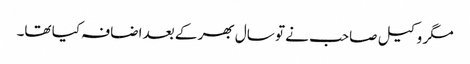
مگر وکیل صاحب نے تو سال بھر کے بعد اضافہ کیا تھا۔